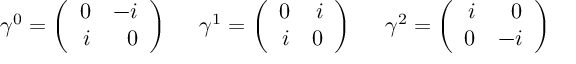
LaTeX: \gamma ^ { 0 } = \left( \begin{array} { r r } { { 0 } } & { { - i } } \\ { { i } } & { { 0 } } \end{array} \right) \; \; \; \; \; \gamma ^ { 1 } = \left( \begin{array} { r r } { { 0 } } & { { i } } \\ { { i } } & { { 0 } } \end{array} \right) \; \; \; \; \; \gamma ^ { 2 } = \left( \begin{array} { r r } { { i } } & { { 0 } } \\ { { 0 } } & { { - i } } \end{array} \right)